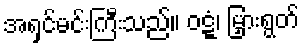
အရှင်မင်းကြီးသည်။ ဝဋ္ဋံ၊ မြှားရွတ်